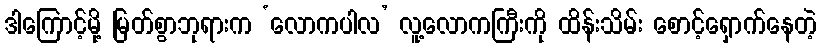
ဒါကြောင့်မို့ မြတ်စွာဘုရားက ‘လောကပါလ’ လူ့လောကကြီးကို ထိန်းသိမ်း စောင့်ရှောက်နေတဲ့